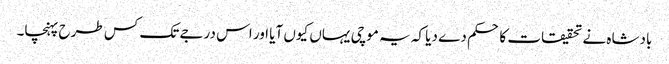
بادشاہ نے تحقیقات کا حکم دے دیا کہ یہ موچی یہاں کیوں آیا اور اس درجے تک کس طرح پہنچا۔